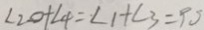
\angle 2 0 + \angle 4 = \angle 1 + \angle 3 = 9 0 ^ { \circ }